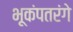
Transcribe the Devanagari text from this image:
भूकंपतरंगे